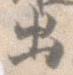
出